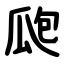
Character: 瓟